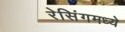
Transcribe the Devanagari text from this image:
रेसिंगमध्ये